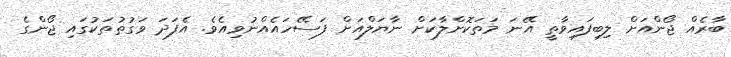
ބާރެއް ޖޯންއަށް ލިބިފައިވާތީ އޭނަ މަތަކޮށްލާކަށް ނާޔަލްއަށް ފަސޭހައެއްނުވިއެވެ. އެފަދަ ވަގުތުތަކުގައި ޖޯންގެ